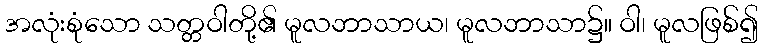
အလုံးစုံသော သတ္တဝါတို့၏ မူလဘာသာယ၊ မူလဘာသာ၌။ ဝါ၊ မူလဖြစ်၍